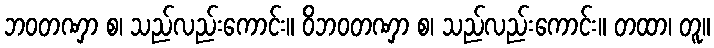
ဘဝတဏှာ စ၊ သည်လည်းကောင်း။ ဝိဘဝတဏှာ စ၊ သည်လည်းကောင်း။ တထာ၊ တူ။